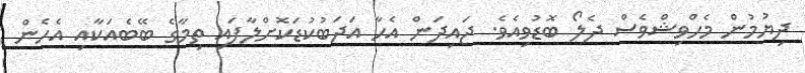
ދިޔުމުން މެހްވިޝްވެސް ދެލޯ ބޮޑުވިއެވެ. ޖައިދަން އެހާ އަދަބުކުޑަކޮށްލާފައި ތިމާގެ ބޭބެއަކާއި އެހެން